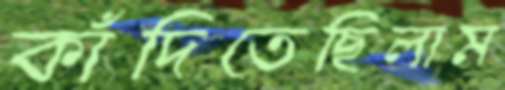
কাঁদিতেছিলাম